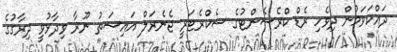
ދައްކަވަމުން ދިވެހި ރެޑް ކްރެސެންޓުގެ ސެކްރެޓަރީ ޖެނެރަލް އައިޝަތު ނޫރާ ވިދާޅުވީ ދިރާގުގެ